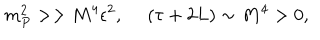
LaTeX: m _ { P } ^ { 2 } > > M ^ { 4 } \epsilon ^ { 2 } , ~ ~ ( \tau + 2 L ) \sim M ^ { 4 } > 0 ,